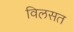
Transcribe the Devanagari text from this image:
विलसत